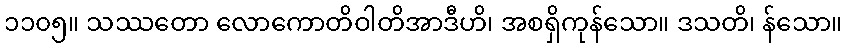
၁၁၀၅။ သဿတော လောကောတိဝါတိအာဒီဟိ၊ အစရှိကုန်သော။ ဒသတိ၊ န်သော။